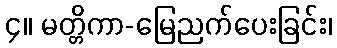
၄။ မတ္တိကာ-မြေညက်ပေးခြင်း၊